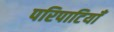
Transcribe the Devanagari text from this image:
परिपाटियाँ